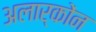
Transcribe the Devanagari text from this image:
अलार्कोंन